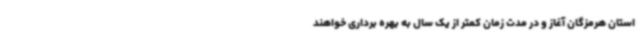
استان هرمزگان آغاز و در مدت زمان کمتر از یک سال به بهره برداری خواهند